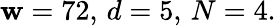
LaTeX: \mathbf{w}=72,\, d=5,\, N=4.